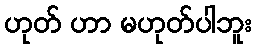
ဟုတ် ဟာ မဟုတ်ပါဘူး